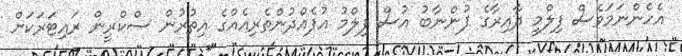
އެހެންނަމަވެސް ފިލްމީ ދާއިރާގެ ފުންނާބު އުސް ފިލްމު އުފެއްދުންތެރިއެއްގެ އިތުރުން ސްކްރީން ރައިޓަރަކަށް